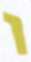
ו